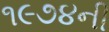
૧૯૭૪ની